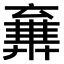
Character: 𠆉